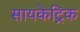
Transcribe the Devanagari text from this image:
सायकेट्रिक